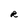
Character: R